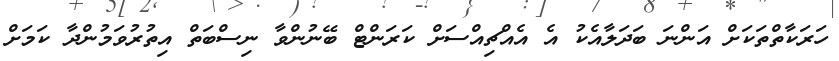
ހަރަކާތްތަކަށް އަންނަ ބަދަލާއެކު އެ އެއްޗިއްސަށް ކަރަންޓް ބޭނުންވާ ނިސްބަތް އިތުރުވަމުންދާ ކަމަށް